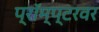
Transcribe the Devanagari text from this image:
प्रॉम्प्टरवर